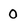
Character: O